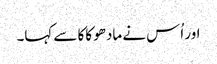
اور اُس نے مادھو کاکا سے کہا۔